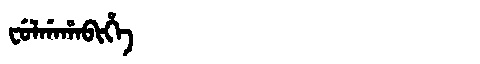
Manchu: ᠸᡠᠯᡤᠠᡥᠠᠪᡳᡥᡝ
Romanization: FULGAHABIHE